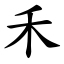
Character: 禾